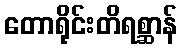
တောရိုင်းတိရစ္ဆာန်